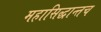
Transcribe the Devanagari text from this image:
महासिद्धान्तच